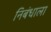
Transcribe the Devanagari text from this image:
निबंधाला